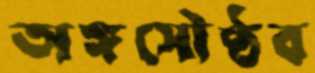
অঙ্গসৌষ্ঠব